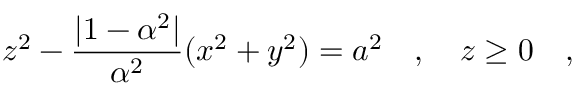
z ^ { 2 } - { \frac { | 1 - \alpha ^ { 2 } | } { \alpha ^ { 2 } } } ( x ^ { 2 } + y ^ { 2 } ) = a ^ { 2 } ~ ~ ~ , ~ ~ ~ z \ge 0 ~ ~ ~ ,